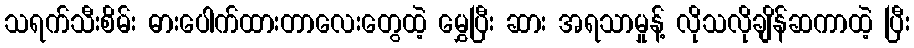
သရက်သီးစိမ်း ဓားပေါက်ထားတာလေးတွေထဲ့ မွှေပြီး ဆား အရသာမှုန့် လိုသလိုချိန်ဆကာထဲ့ ပြီး